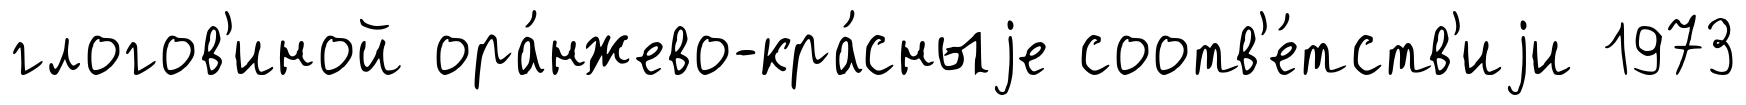
глогов'иной ора́нжево-кра́сныjе соотв'е́тств'иjи 1973